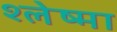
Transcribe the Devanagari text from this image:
श्‍लेष्‍मा